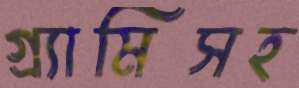
গ্র্যামিসহ